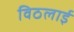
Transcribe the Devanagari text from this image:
विठलाई